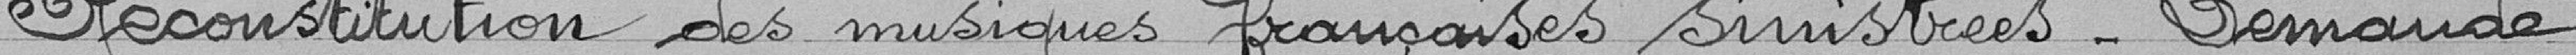
Reconstitution des musiques françaises sinistrées - Demande